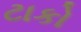
ટાકો